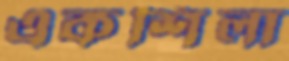
একশিলা